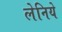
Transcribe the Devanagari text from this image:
लेनिये